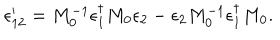
LaTeX: \epsilon _ { 1 2 } ^ { \prime } = M _ { 0 } ^ { - 1 } \epsilon _ { 1 } ^ { \dagger } M _ { 0 } \epsilon _ { 2 } - \epsilon _ { 2 } M _ { 0 } ^ { - 1 } \epsilon _ { 1 } ^ { \dagger } M _ { 0 } .